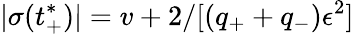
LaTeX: |\sigma(t_{+}^{*})|=v+2/[(q_{+}+q_{-})\epsilon^{2}]